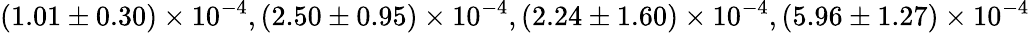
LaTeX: (1.01\pm 0.30)\times 10^{-4},(2.50\pm 0.95)\times 10^{-4},(2.24\pm 1.60)\times 10^{-4},(5.96\pm 1.27)\times 10^{-4}